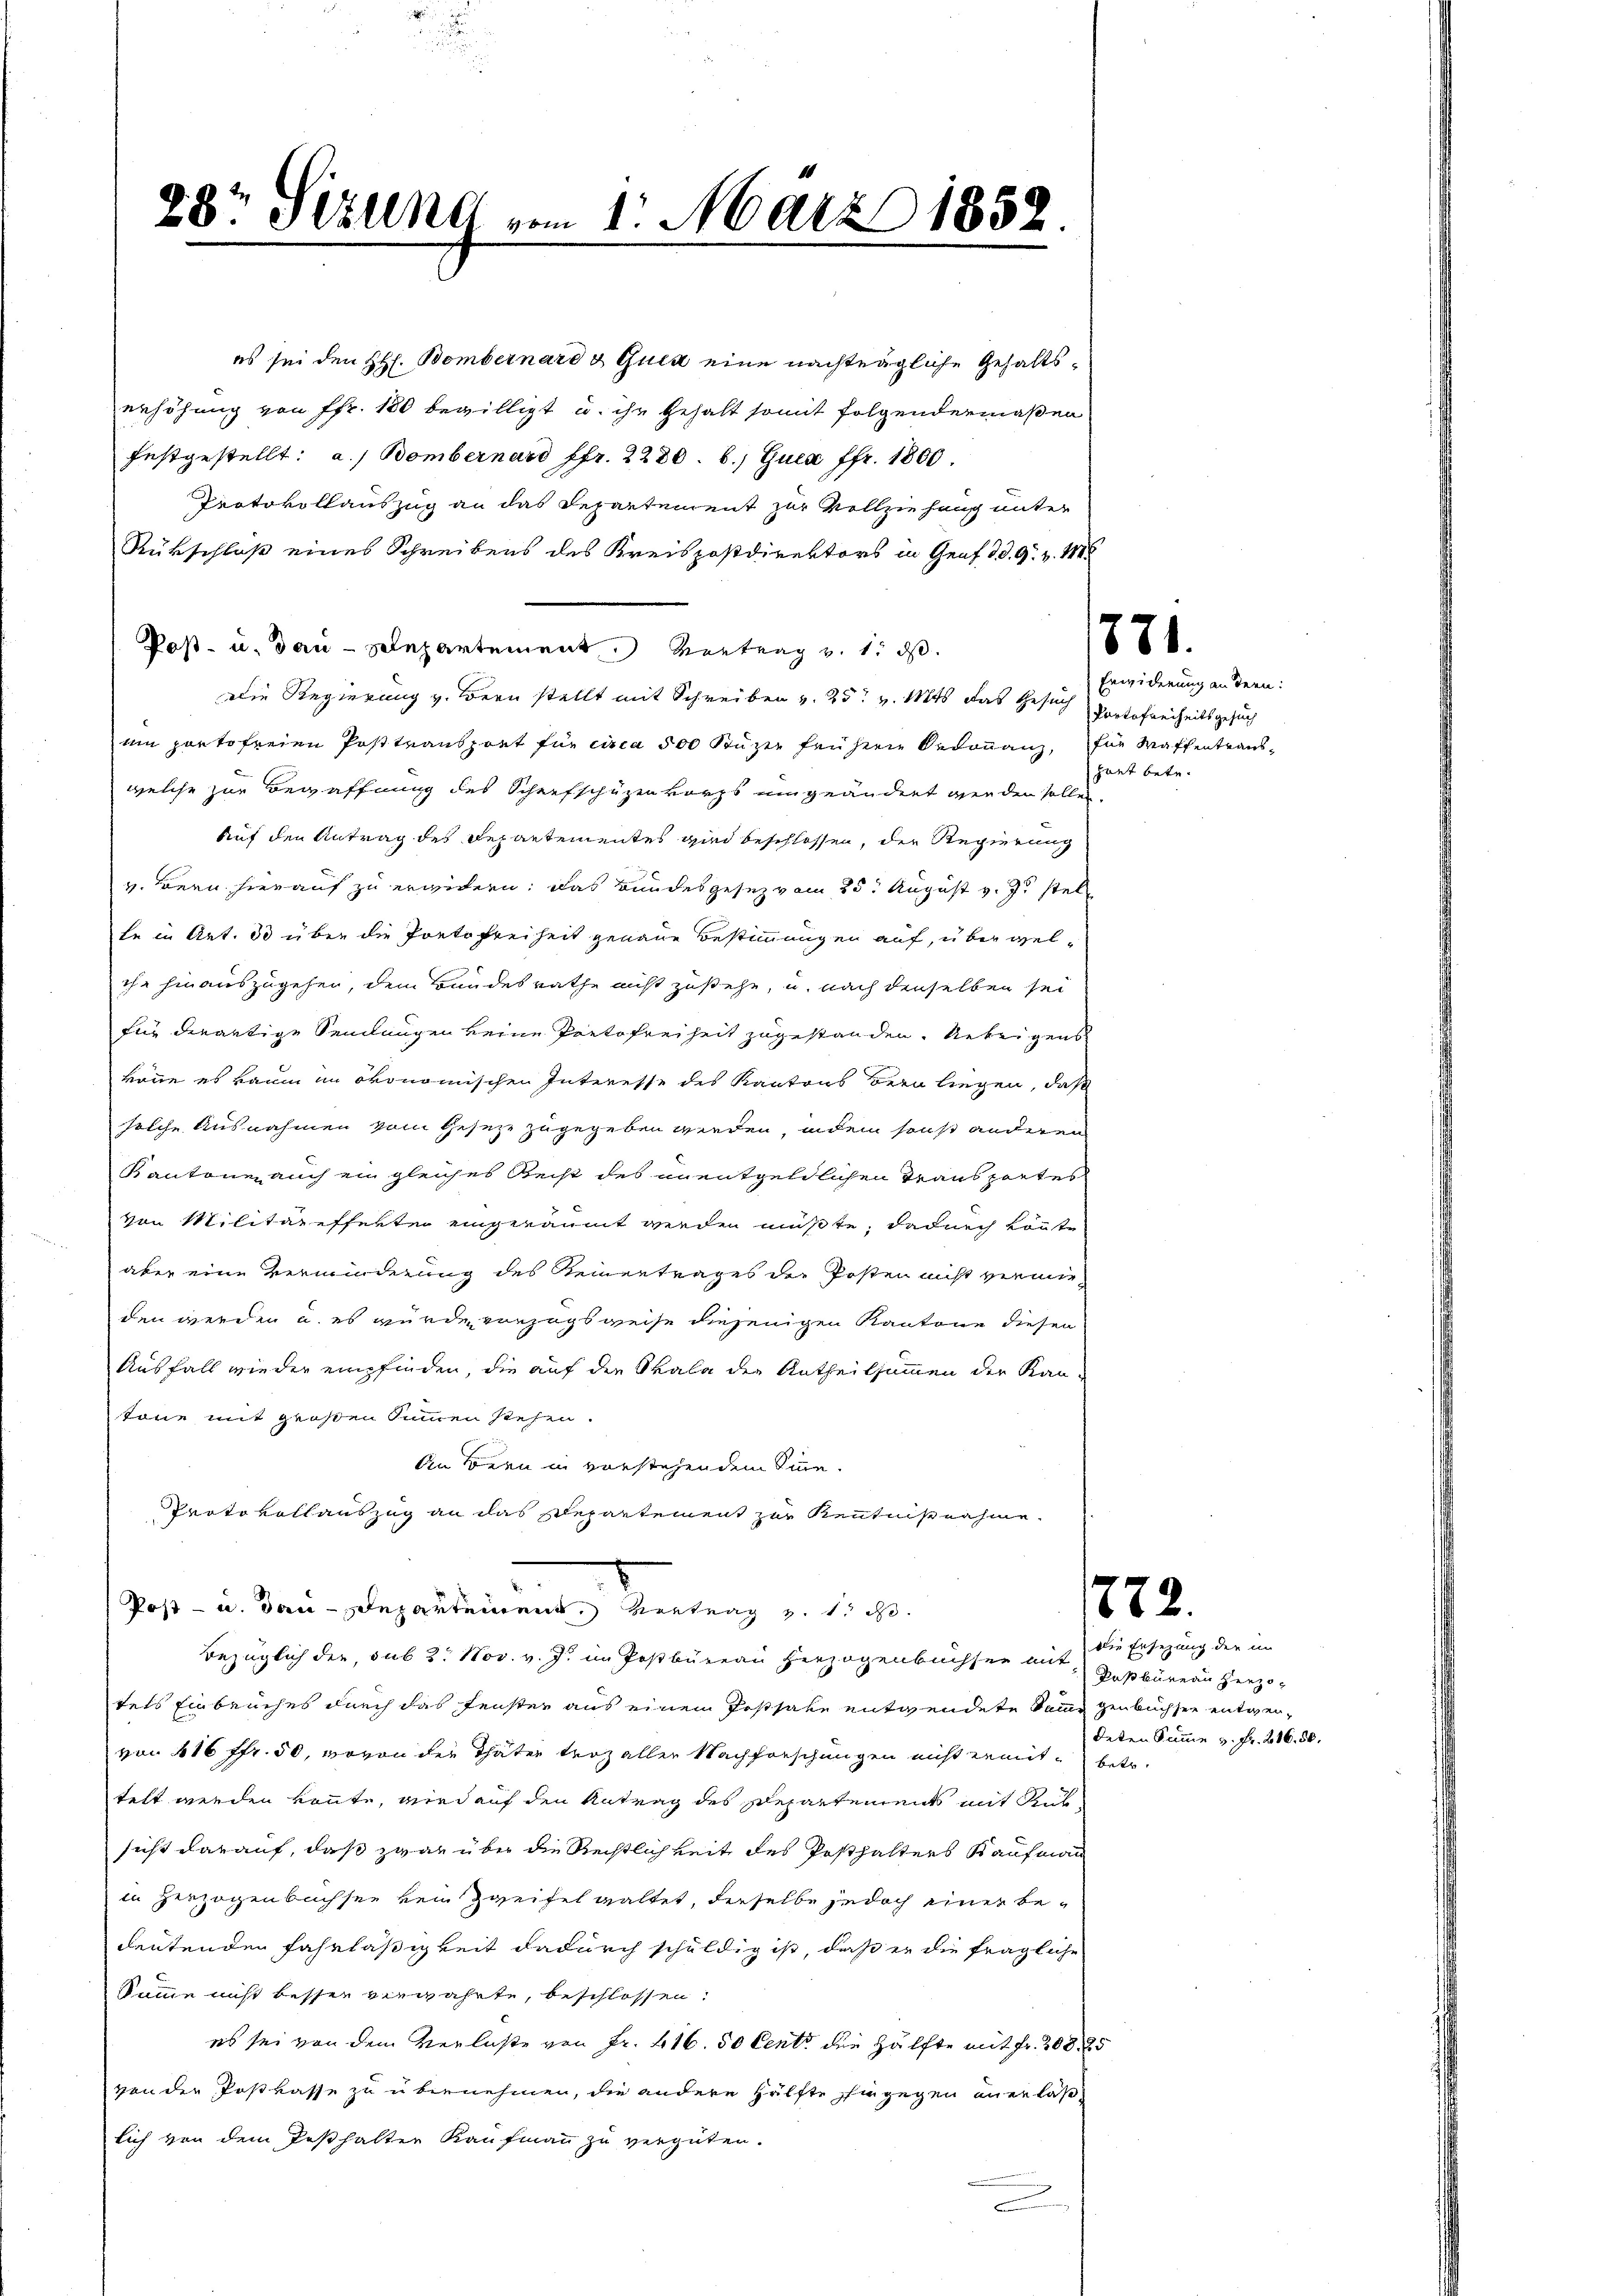
Die Regierung v. Bern stellt mit Schreiben v. 25. v. Mts. das Gesuch
ai portofreien Posttransport für circa 500 Stüzen frühere Redouanz, für Waffentranswelche zur Bewaffnung des Scharfschüzenkorps umgeändert werden sollen.
Auf den Antrag des Departementes wird beschlossen, der Regierung
v. Bern hierauf zu erwidern; das Bundesgesez vom 25. August v. J. stel
te in Art. 30 über die Pontofreiheit genaue Bestimmungen auf, über welche hinauszugehen, dem Bundesrathe nicht zustehe, u. nach denselben sei
für derartige Sendungen keine Portofreiheit zugestanden. Uebrigens
könne es kaum in ökonomischen Interesse des Kantons Bern liegen, daß
solche Ausnahmen vom Geseze zugegeben werden, indem sonst anderen
Kantone auch ein gleiches Recht des unentgeldlichen Transportes
von Militärefferten eingeräumt werden müßte, dadurch könnte
aber eine Verminderung des Reinertrages der Posten nicht vermieden werden u. es wurde vorzugsweise diejenigen Kantone diesen
Ausfall wieder empfinden, die auf die Skala der Antheilsammen der Kan-
tonne mit großen Summen stehen.
Ein Bern in vorstehendem Sinne.
Protokollauszug an das Repartement zur Kenntnisnahme
Post- u. dau-Departement Vertrag v. 1. d.
Bezüglich der, sub 2. Nov. v. J. im Postbüreau Herzogenbüchsen mit
tels Einbruches durch das Fenster aus einem Postsate entwendete Semme genbuchsee entwervon 416 ffr. 50, wovon der Thäter troz aller Nachforschungen nicht ermit betr.
telt werden könnte, wird auf den Antrag des Departements mit Rubsicht darauf, daß zwar über die Rechtlichkeit des Posthalters Kaufmann
in Herzogenbüchsen kein Zweifel galtet, dieselbe jedoch einer bedeutenden Fahrläßigkeit dadurch schuldig ist, daß er die fragliche
Summe nicht besser verwahrte, beschlossen:
es sei von dem Verlaste von Fr. 416. 50 Cent die Hälfte mit Fr. 208. 25
ven der Postkasse zu übernehmen, die andere Hälfte hingegen unerläß-
lich von dem Posthalter Kaufmann zu vergüten.
.

28' Sizung vom 1. März 185.

es sei den HH. Bombernard & Guck eine nachträgliche Gehaltserhöhung von Fr. 180 bewilligt u. ihr Gehalt somit folgendermaßen
festgestellt: a.) Bombernard ffr. 2280. 6. Guca ffr. 1800.
Protokollauszug an das Separtement zur Vollziehung unter
Rükschloß eines Schreibens des Kreispostdirektors in Genf d. d. 9. v. 1888
Post- u. dan - Repartement Montrag v. 1. ds.

881.

Erwiderung an dern:
Portofreiheitsgesuch
haut betr.

1772.

die Ersezung der in
Paßbureau Herzodeten Summe v. Fr. 216. 50.